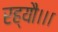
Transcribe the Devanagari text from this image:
रह्यौ।।।